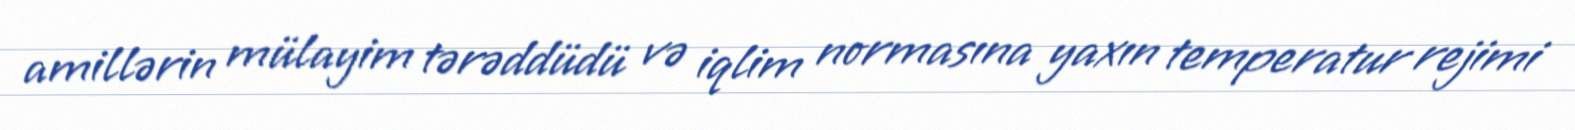
amillərin mülayim tərəddüdü və iqlim normasına yaxın temperatur rejimi